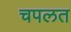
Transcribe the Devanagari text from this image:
चपलत